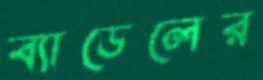
ব্যাডেলের